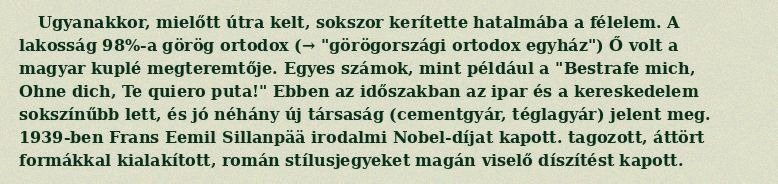
Ugyanakkor, mielőtt útra kelt, sokszor kerítette hatalmába a félelem. A lakosság 98%-a görög ortodox (→ "görögországi ortodox egyház") Ő volt a magyar kuplé megteremtője. Egyes számok, mint például a "Bestrafe mich, Ohne dich, Te quiero puta!" Ebben az időszakban az ipar és a kereskedelem sokszínűbb lett, és jó néhány új társaság (cementgyár, téglagyár) jelent meg. 1939-ben Frans Eemil Sillanpää irodalmi Nobel-díjat kapott. tagozott, áttört formákkal kialakított, román stílusjegyeket magán viselő díszítést kapott.